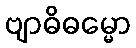
ဗျာဓိဓမ္မော